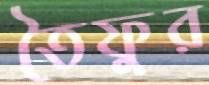
তৈফুর